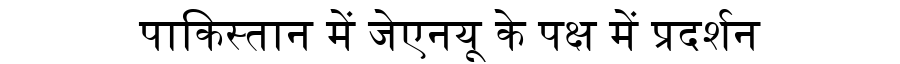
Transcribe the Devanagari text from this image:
पाकिस्तान में जेएनयू के पक्ष में प्रदर्शन